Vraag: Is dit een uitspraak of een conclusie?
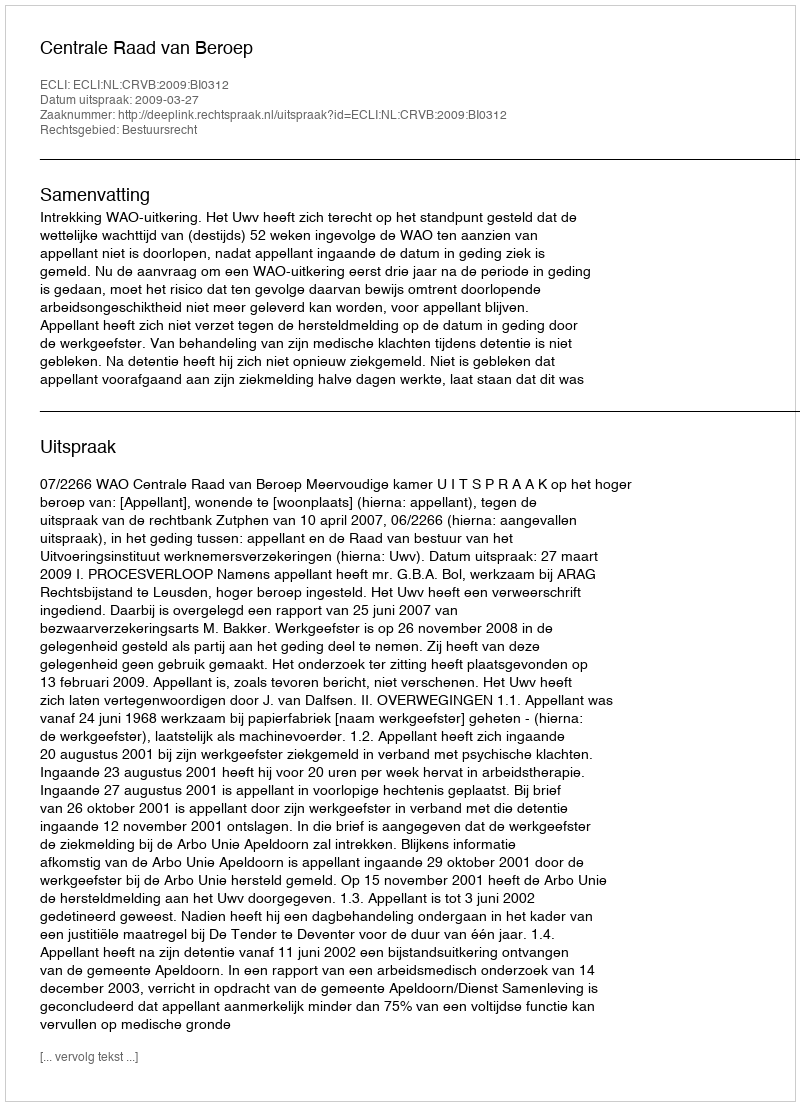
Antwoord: Uitspraak